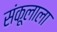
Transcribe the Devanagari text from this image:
संकूलाला